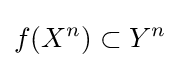
f(X^{n})\subset Y^{n}